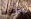
ضعيفة